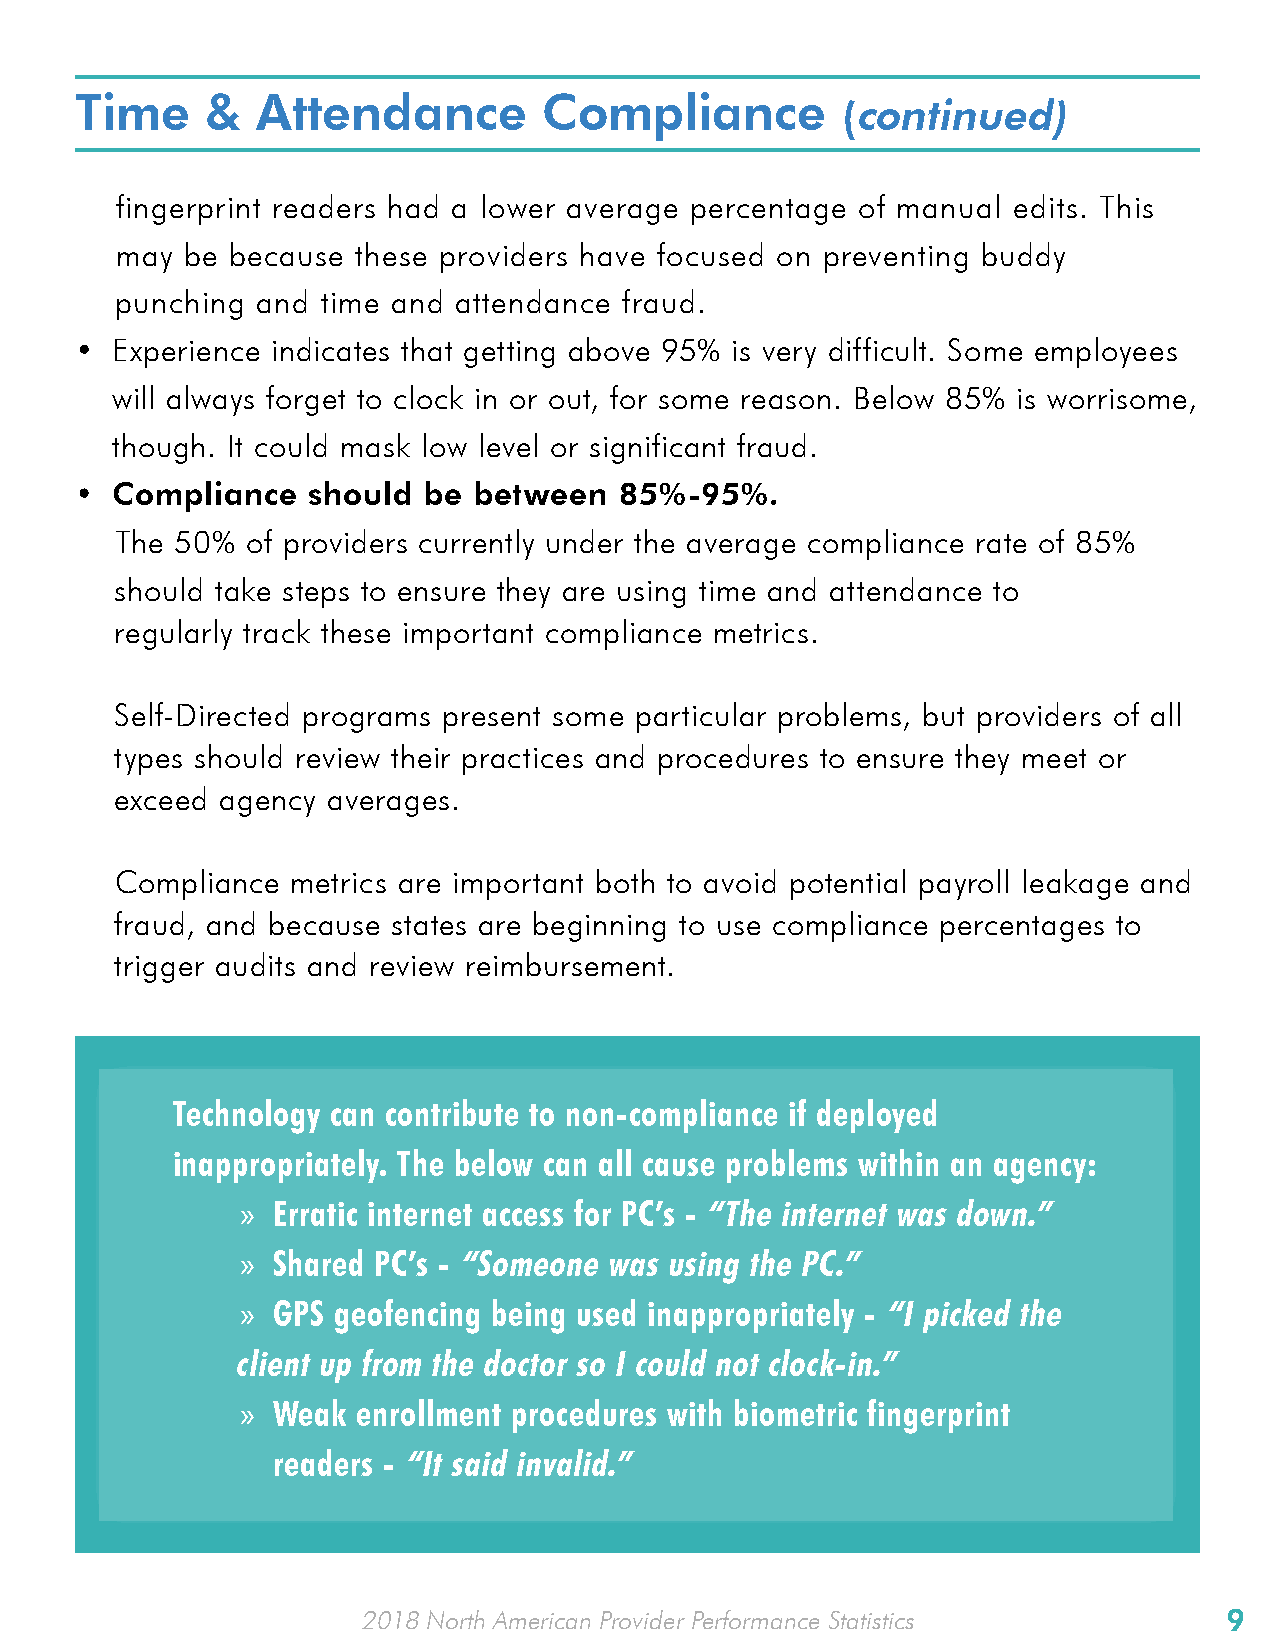
Time     &  Attendance         Compliance
 (continued)
 fingerprint readers had a lower average percentage of manual edits. This
 may be because  these providers have focused on preventing buddy
 punching and time and attendance fraud.
 • Experience indicates that getting above 95% is very difficult. Some employees
 will always forget to clock in or out, for some reason. Below 85% is worrisome,
 though. It could mask low level or significant fraud.
 • Compliance   should  be between   85%-95%.
 The 50% of providers currently under the average compliance rate of 85%
 should take steps to ensure they are using time and attendance to
 regularly track these important compliance metrics.
 Self-Directed programs present some particular problems, but providers of all
 types should review their practices and procedures to ensure they meet or
 exceed agency averages.
 Compliance metrics are important both to avoid potential payroll leakage and
 fraud, and because states are beginning to use compliance percentages to
 trigger audits and review reimbursement.
 Technology can contribute to non-compliance if deployed
 inappropriately. The below can all cause problems within an agency:
 » Erratic internet access for PC’s - “The internet was down.”
 » Shared PC’s - “Someone was using the PC.”
 » GPS geofencing being used inappropriately - “I picked the
 client up from the doctor so I could not clock-in.”
 » Weak  enrollment procedures with biometric fingerprint
 readers - “It said invalid.”
 2018 North American Provider Performance Statistics      9